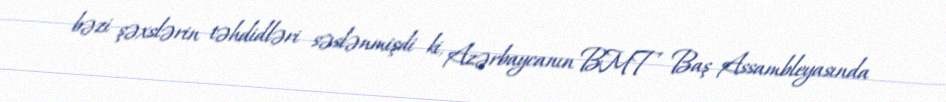
bəzi şəxslərin təhdidləri səslənmişdi ki, Azərbaycanın BMT Baş Assambleyasında